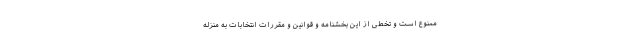
ممنوع است و تخطی از این بخشنامه و قوانین و مقررات انتخابات به منزله